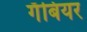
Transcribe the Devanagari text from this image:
गँबियर